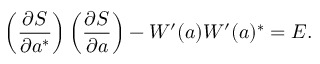
\left( \frac { \partial S } { \partial a ^ { \ast } } \right) \left( \frac { \partial S } { \partial a } \right) - W ^ { \prime } ( a ) W ^ { \prime } ( a ) ^ { \ast } = E .